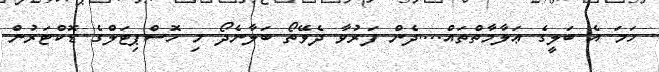
ހަމަ އެ ބަލީގެ ޢަލާމާތްތައް....ދެން ފަރުވާ ދެވޭތޯ ބަލާނެދޯ މި ހޮސްޕިޓަލްގެ ޑޮކްޓަރުން